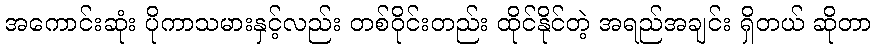
အကောင်းဆုံး ပိုကာသမားနှင့်လည်း တစ်ဝိုင်းတည်း ထိုင်နိုင်တဲ့ အရည်အချင်း ရှိတယ် ဆိုတာ